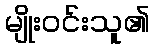
မျိုးဝင်းသူ၏